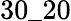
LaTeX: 30\_ 20